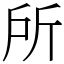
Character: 所